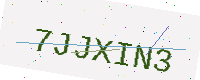
Text: 7JJXIN3